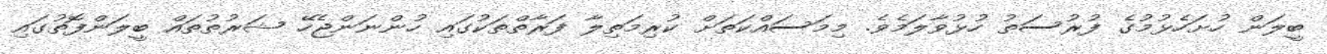
ބީލަން ހުށަހެޅުމުގެ ފުރުސަތު ހުޅުވާލަމެވެ. މިމަސައްކަތަށް ކުރިމަތިލާ ފަރާތްތަކުގައި ހުންނަންޖެހޭ ޝަރުތުތައް ބީލަންފޮތުގައި